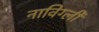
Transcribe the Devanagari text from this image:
नाविग्ली